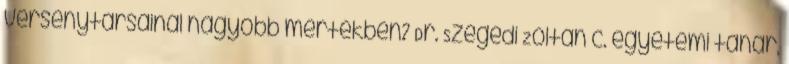
versenytársainál nagyobb mértékben? Dr. Szegedi Zoltán c. egyetemi tanár,